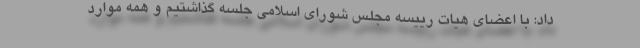
داد: با اعضای هیات رییسه مجلس شورای اسلامی جلسه گذاشتیم و همه موارد